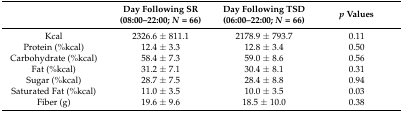
<table><thead><tr><td></td><td><b>Day Following SR (08:00–22:00; <i>N</i> = 66)</b></td><td><b>Day Following TSD (06:00–22:00; <i>N</i> = 66)</b></td><td><b><i>p</i> Values</b></td></tr></thead><tbody><tr><td>Kcal</td><td>2326.6 ± 811.1</td><td>2178.9 ± 793.7</td><td>0.11</td></tr><tr><td>Protein (%kcal)</td><td>12.4 ± 3.3</td><td>12.8 ± 3.4</td><td>0.50</td></tr><tr><td>Carbohydrate (%kcal)</td><td>58.4 ± 7.3</td><td>59.0 ± 8.6</td><td>0.56</td></tr><tr><td>Fat (%kcal)</td><td>31.2 ± 7.1</td><td>30.4 ± 8.1</td><td>0.31</td></tr><tr><td>Sugar (%kcal)</td><td>28.7 ± 7.5</td><td>28.4 ± 8.8</td><td>0.94</td></tr><tr><td>Saturated Fat (%kcal)</td><td>11.0 ± 3.5</td><td>10.0 ± 3.5</td><td>0.03</td></tr><tr><td>Fiber (g)</td><td>19.6 ± 9.6</td><td>18.5 ± 10.0</td><td>0.38</td></tr></tbody></table>